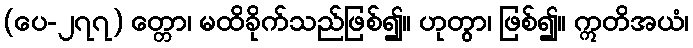
(ပေ-၂၇၇) တ္တော၊ မထိခိုက်သည်ဖြစ်၍။ ဟုတွာ၊ ဖြစ်၍။ ဣတိအယံ၊